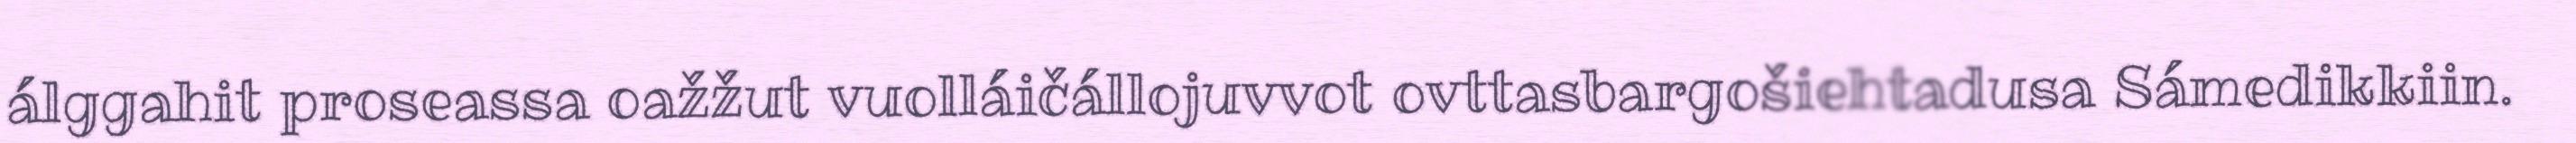
álggahit proseassa oažžut vuolláičállojuvvot ovttasbargošiehtadusa Sámedikkiin.